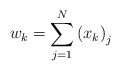
\begin{align*}w_{k}=\sum_{j=1}^{N}\left( x_{k}\right) _{j}\end{align*}